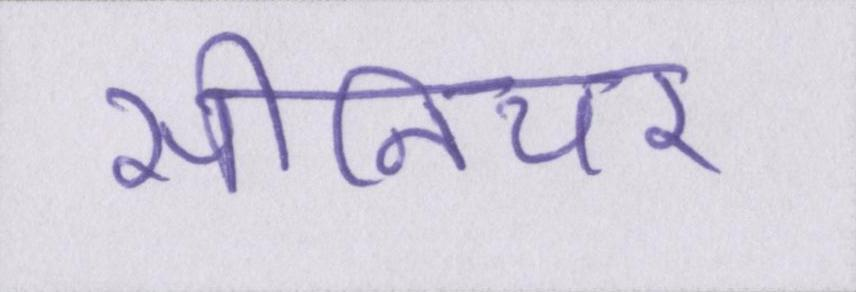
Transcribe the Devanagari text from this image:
सीनियर